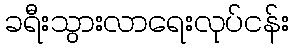
ခရီးသွားလာရေးလုပ်ငန်း